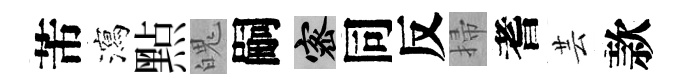
芾瀉㸃魄嗣密同反掃耆芸款